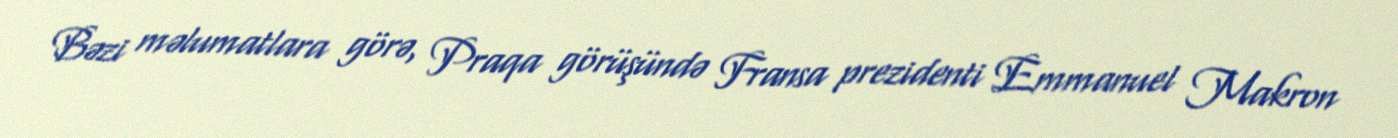
Bəzi məlumatlara görə, Praqa görüşündə Fransa prezidenti Emmanuel Makron